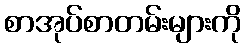
စာအုပ်စာတမ်းများကို